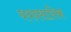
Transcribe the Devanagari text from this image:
वयवसायिक